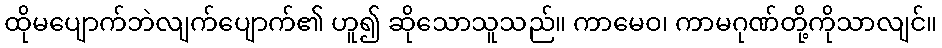
ထိုမပျောက်ဘဲလျက်ပျောက်၏ ဟူ၍ ဆိုသောသူသည်။ ကာမေဝ၊ ကာမဂုဏ်တို့ကိုသာလျင်။